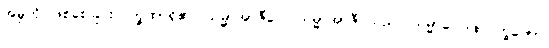
အမှုကို ဖြစ်စေခြင်းလက္ခဏာရှိ၏။ သမ္မာအာဇီဝေါ၊ သမ္မာအာဇီဝသည်။ သမ္မာဝေါဒါနလက္ခဏော၊